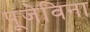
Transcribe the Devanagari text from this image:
पूजेविना